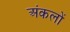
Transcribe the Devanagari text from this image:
अंकलों